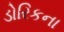
ડોરિકના